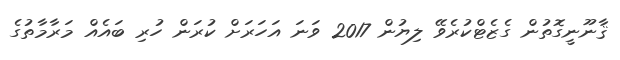
ޤާނޫނީގޮތުން ގެޒެޓްކުރެވޭ ލިޔުން 2017 ވަނަ އަހަރަށް ކުރަން ހުރި ބައެއް މަރާމާތުގެ